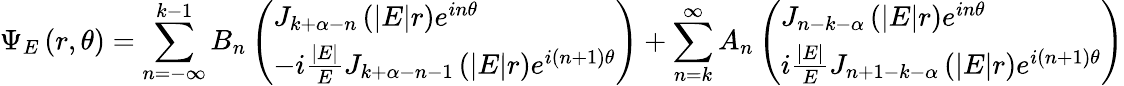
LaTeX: \Psi_{E}\left(r,\theta\right)=\sum_{n=-\infty}^{k-1}B_{n}\left(\begin{array}{l}{{J_{k+\alpha-n}\left(|E|r\right)e^{in\theta}}}\\ {{-i\frac{|E|}{E}J_{k+\alpha-n-1}\left(|E|r\right)e^{i\left(n+1\right)\theta}}}\end{array}\right)+\sum_{n=k}^{\infty}A_{n}\left(\begin{array}{l}{{J_{n-k-\alpha}\left(|E|r\right)e^{in\theta}}}\\ {{i\frac{|E|}{E}J_{n+1-k-\alpha}\left(|E|r\right)e^{i\left(n+1\right)\theta}}}\end{array}\right)